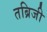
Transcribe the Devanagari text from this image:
तब्रिजी